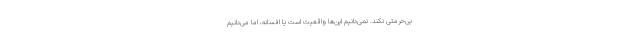
بی‌حرمتی نکند. نمی‌دانیم این‌ها واقعیت است یا افسانه، اما می‌دانیم